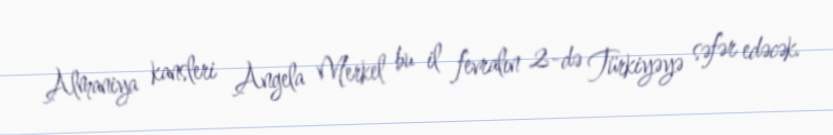
Almaniya kansleri Angela Merkel bu il fevralın 2-də Türkiyəyə səfər edəcək.